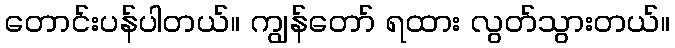
တောင်းပန်ပါတယ်။ ကျွန်တော် ရထား လွတ်သွားတယ်။